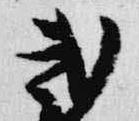
武